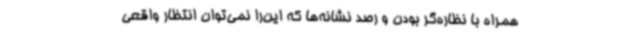
همراه با نظاره‌گر بودن و رصد نشانه‌ها که این‌را نمی‌توان انتظار واقعی